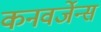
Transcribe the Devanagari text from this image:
कनवर्जेन्स